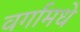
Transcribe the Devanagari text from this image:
वर्गामधे